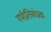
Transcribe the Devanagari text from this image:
गर्भप्रतिबंधक